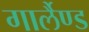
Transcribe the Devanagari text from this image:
गार्लैण्ड